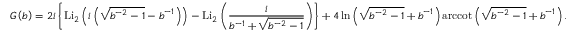
G \left( b \right) = 2 i \left\{ \mathrm { L } { { \mathrm { i } } _ { 2 } } \left( i \left( \sqrt { { { b } ^ { - 2 } } - 1 } - { { b } ^ { - 1 } } \right) \right) - \mathrm { L } { { \mathrm { i } } _ { 2 } } \left( \frac { i } { { { b } ^ { - 1 } } + \sqrt { { { b } ^ { - 2 } } - 1 } } \right) \right\} + 4 \ln \left( \sqrt { { { b } ^ { - 2 } } - 1 } + { { b } ^ { - 1 } } \right) \mathrm { a r c c o t } \left( \sqrt { { { b } ^ { - 2 } } - 1 } + { { b } ^ { - 1 } } \right) .